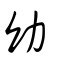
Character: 幼